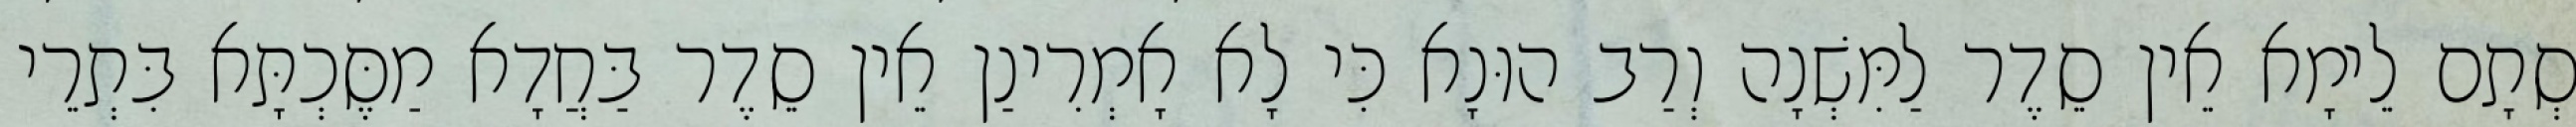
סְתָם לֵימָא אֵין סֵדֶר לַמִּשְׁנָה וְרַב הוּנָא כִּי לָא אָמְרִינַן אֵין סֵדֶר בַּחֲדָא מַסֶּכְתָּא בִּתְרֵי